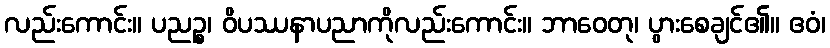
လည်းကောင်း။ ပညဉ္စ၊ ဝိပဿနာပညာကိုလည်းကောင်း။ ဘာဝေတု၊ ပွားစေချင်၏။ ဧဝံ၊